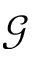
\mathscr { G }